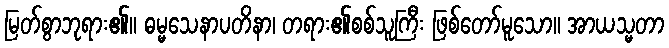
မြတ်စွာဘုရား၏။ ဓမ္မသေနာပတိနာ၊ တရား၏စစ်သူကြီး ဖြစ်တော်မူသော။ အာယသ္မတာ